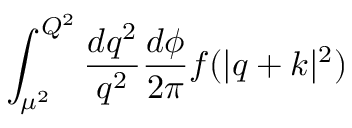
\int _ { \mu ^ { 2 } } ^ { Q ^ { 2 } } \frac { d q ^ { 2 } } { q ^ { 2 } } \frac { d \phi } { 2 \pi } f ( | q + k | ^ { 2 } )